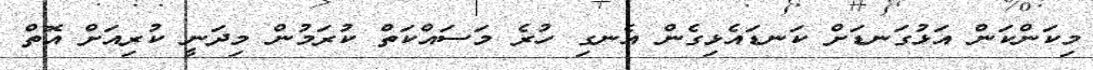
މިކަންކަން އަޅުގަނޑަށް ކަނޑައެޅިގެން އެނގި ހުރެ މަސައްކަތް ކުރަމުން މިދަނީ ކުރިއަށް އޮތް